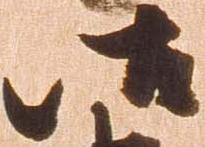
御